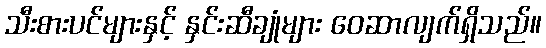
သီးစားပင်များနှင့် နှင်းဆီချုံများ ဝေဆာလျက်ရှိသည်။